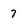
Character: 7